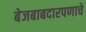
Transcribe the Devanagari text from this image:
बेजबाबदारपणाचे